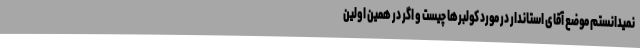
نمیدانستم موضع آقای استاندار در مورد کولبرها چیست و اگر در همین اولین